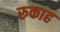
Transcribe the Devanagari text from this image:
रुकाह